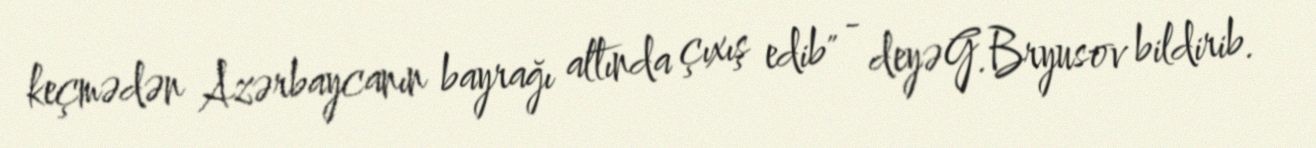
keçmədən Azərbaycanın bayrağı altında çıxış edib" - deyə G.Bryusov bildirib.